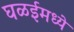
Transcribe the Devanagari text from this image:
घळईमध्ये